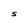
Character: S